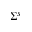
\Sigma ^ { s }